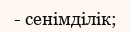
- сенімділік;